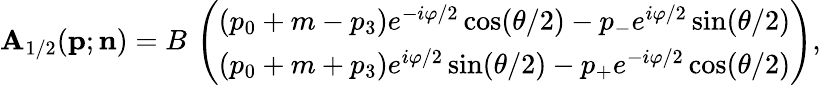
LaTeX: \mathbf{A}_{1/2}({\mathbf{p}};{\mathbf{n}})=B\, \left(\begin{array}{ccc}{{(p_{0}+m-p_{3})e^{-i\varphi/2}\cos({\theta}/2)-p_{-}e^{i\varphi/2}\sin({\theta}/2)}}\\ {{(p_{0}+m+p_{3})e^{i\varphi/2}\sin({\theta}/2)-p_{+}e^{-i\varphi/2}\cos({\theta}/2)}}\end{array}\right),